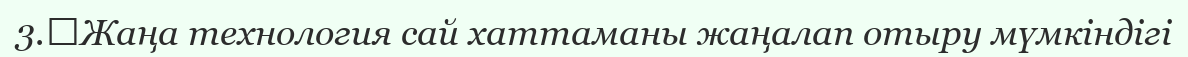
3.	Жаңа технология сай хаттаманы жаңалап отыру мүмкіндігі